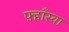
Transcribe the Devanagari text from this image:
फ़्हाँस्वा